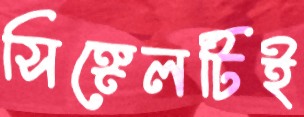
সিঙ্গেলটিই